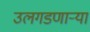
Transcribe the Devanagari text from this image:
उलगडणार्‍या